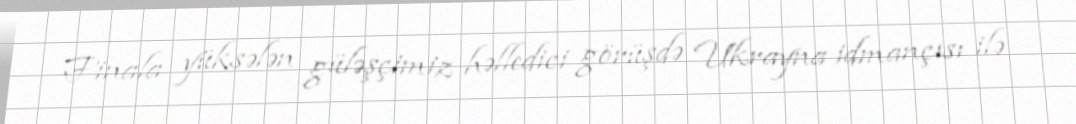
Finala yüksələn güləşçimiz həlledici görüşdə Ukrayna idmançısı ilə